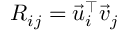
R _ { i j } = \vec { u } _ { i } ^ { \top } \vec { v } _ { j }